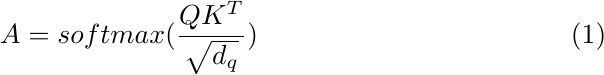
\begin{equation}
    A = softmax(\frac{QK^T}{\sqrt{d_q}})
\end{equation}